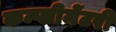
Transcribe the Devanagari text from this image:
कम्प्लीमेंटरी